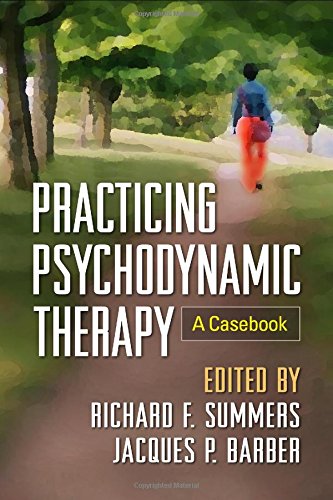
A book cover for Practicing Psychodynamic Therapy: A Casebook; Christian Books & Bibles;